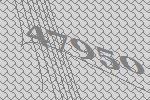
47950